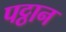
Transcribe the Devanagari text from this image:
पट्ठान